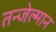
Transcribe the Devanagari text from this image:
तन्जेल्मान